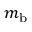
m _ { \mathrm { b } }